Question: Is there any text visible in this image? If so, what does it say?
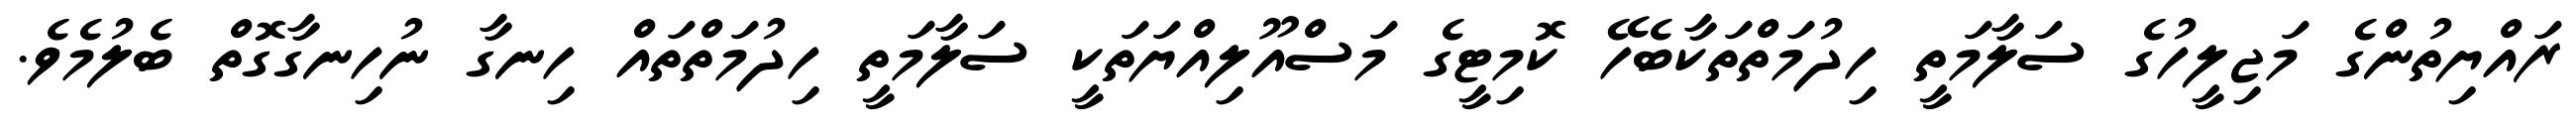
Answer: ރައްޔިތުންގެ މަޖިލީހުގެ ސަލާމަތީ ހިދުމަތްތަކާބެހޭ ކޮމިޓީގެ މަސްއޫލިއްޔަތަކީ ސަލާމަތީ ހިދުމަތްތައް ހިނގާ ނުހިނގާގޮތް ބެލުމެވެ.